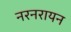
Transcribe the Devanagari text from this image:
नरनरायन